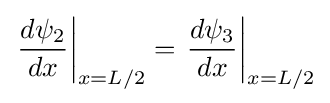
\left.{\frac {d\psi _{2}}{dx}}\right|_{x=L/2}=\left.{\frac {d\psi _{3}}{dx}}\right|_{x=L/2}